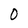
Character: 0